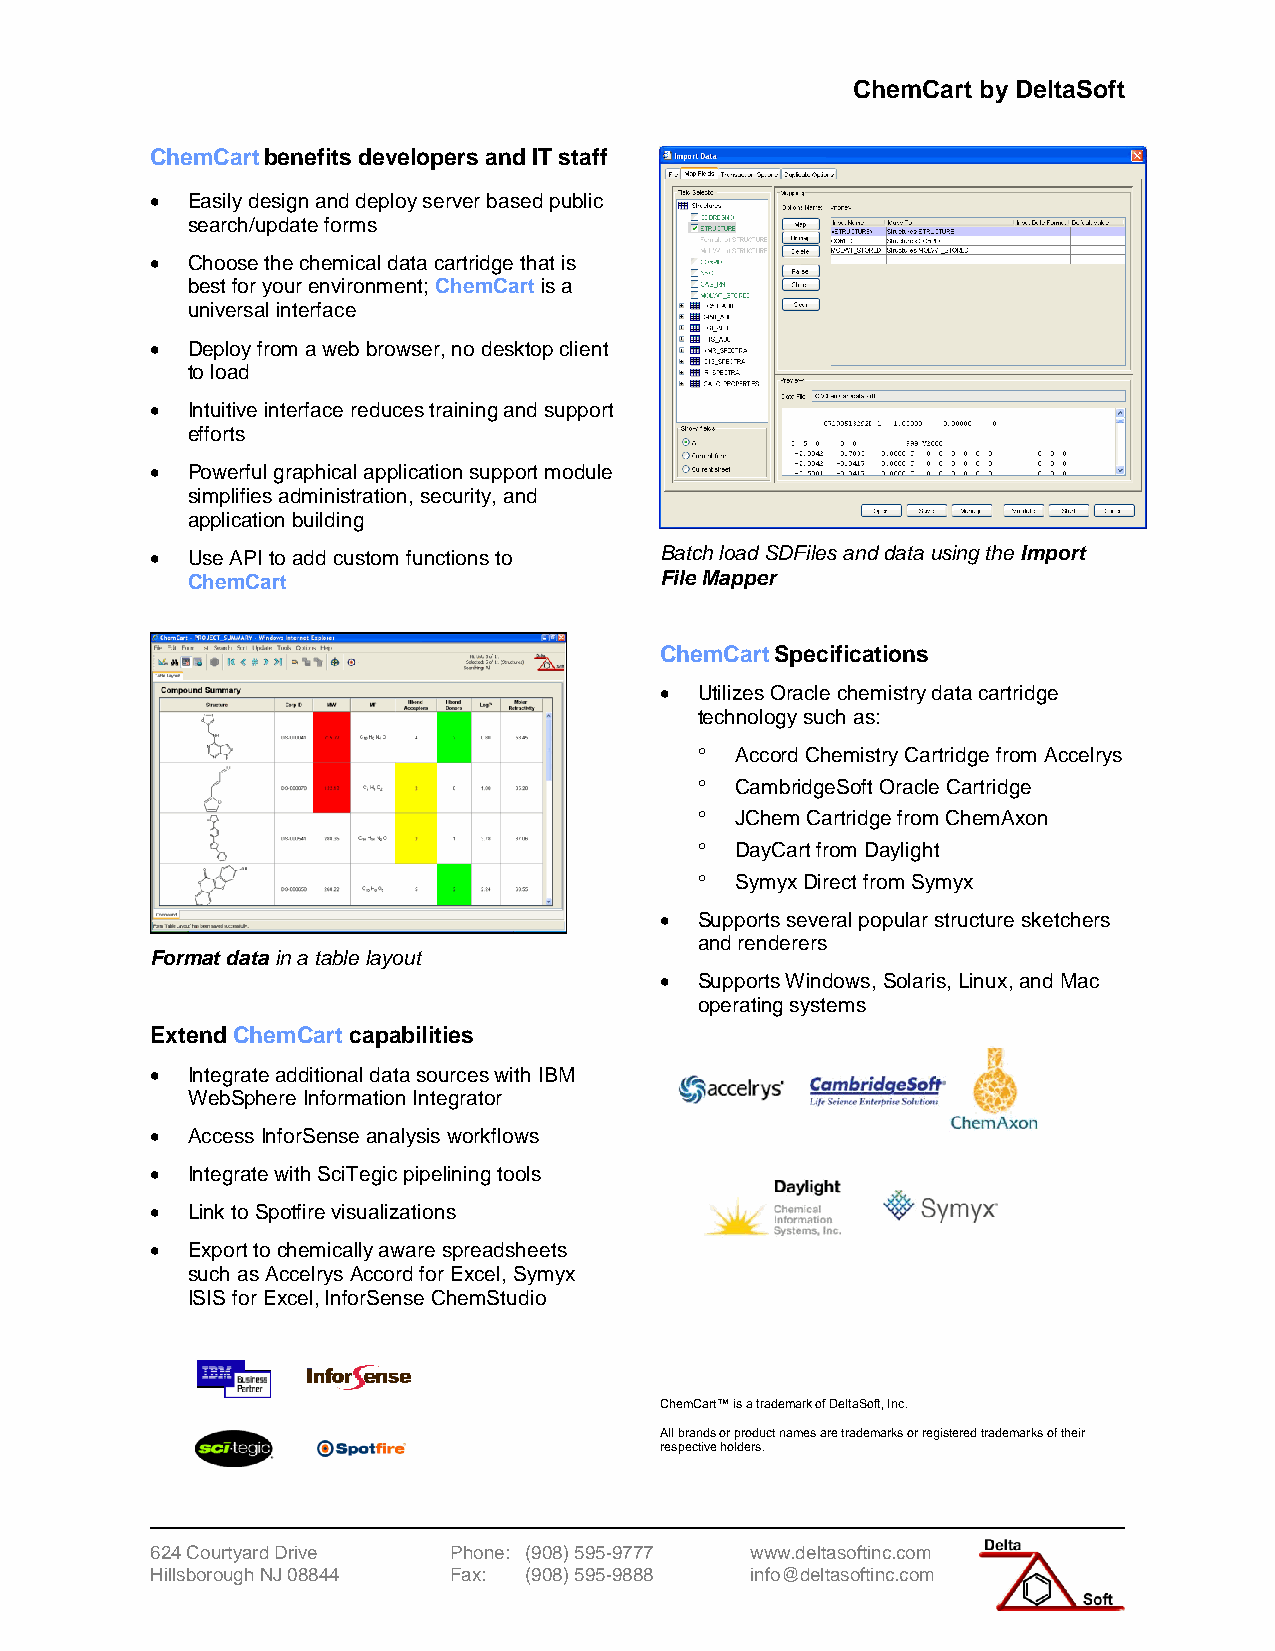
ChemCart by DeltaSoft
 ChemCart benefits developers and IT staff
  Easily design and deploy server based public
 search/update forms
  Choose the chemical data cartridge that is
 best for your environment; ChemCart is a
 universal interface
  Deploy from a web browser, no desktop client
 to load
  Intuitive interface reduces training and support
 efforts
  Powerful graphical application support module
 simplifies administration, security, and
 application building
  Use API to add custom functions to Batch load SDFiles and data using the Import
 ChemCart                        File Mapper
 ChemCart Specifications
  Utilizes Oracle chemistry data cartridge
 technology such as:
   Accord Chemistry Cartridge from Accelrys
   CambridgeSoft Oracle Cartridge
   JChem Cartridge from ChemAxon
   DayCart from Daylight
   Symyx Direct from Symyx
  Supports several popular structure sketchers
 and renderers
 Format data in a table layout
  Supports Windows, Solaris, Linux, and Mac
 operating systems
 Extend ChemCart capabilities
  Integrate additional data sources with IBM
 WebSphere Information Integrator
  Access InforSense analysis workflows
  Integrate with SciTegic pipelining tools
  Link to Spotfire visualizations
  Export to chemically aware spreadsheets
 such as Accelrys Accord for Excel, Symyx
 ISIS for Excel, InforSense ChemStudio
 ChemCart™ is a trademark of DeltaSoft, Inc.
 All brands or produ ct names are trademarks or registered trademarks of their
 respective holders.
 624 Courtyard Drive Phone: (908) 595-9777 www.deltasoftinc.com
 Hillsborough NJ 08844 Fax: (908) 595-9888 info@deltasoftinc.com